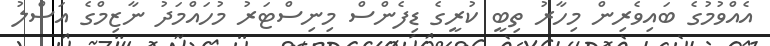
އެއްވުމުގެ ބައިވެރިން މިހާރު ތިބީ ކުރީގެ ޑިފެންސް މިނިސްޓަރު މުހައްމަދު ނާޒިމްގެ އަސްލު